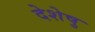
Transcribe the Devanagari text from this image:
देशेषु